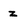
Character: z